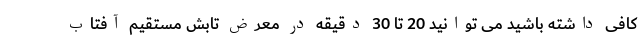
کافی داشته باشید می توانید 20 تا 30 دقیقه در معرض تابش مستقیم آفتاب